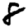
Digit: 8